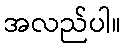
အလည်ပါ။